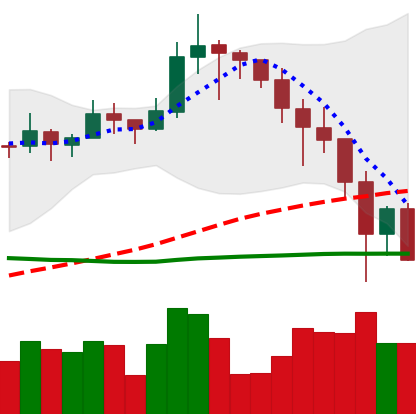
Ticker: LINK-USD
Chart end date: 2019-11-24
Forward return: 3.849%
Label: up_3_5